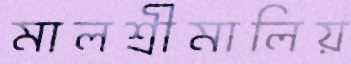
মালশ্রীমালিয়